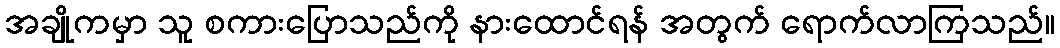
အချိုကမှာ သူ စကားပြောသည်ကို နားထောင်ရန် အတွက် ရောက်လာကြသည်။